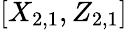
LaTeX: [X_{2,1},Z_{2,1}]